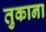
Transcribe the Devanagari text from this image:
तुकाना